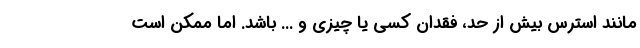
مانند استرس بیش از حد، فقدان کسی یا چیزی و ... باشد. اما ممکن است